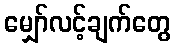
မျှော်လင့်ချက်တွေ